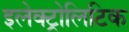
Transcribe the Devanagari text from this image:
इलेक्ट्रोलिटिक